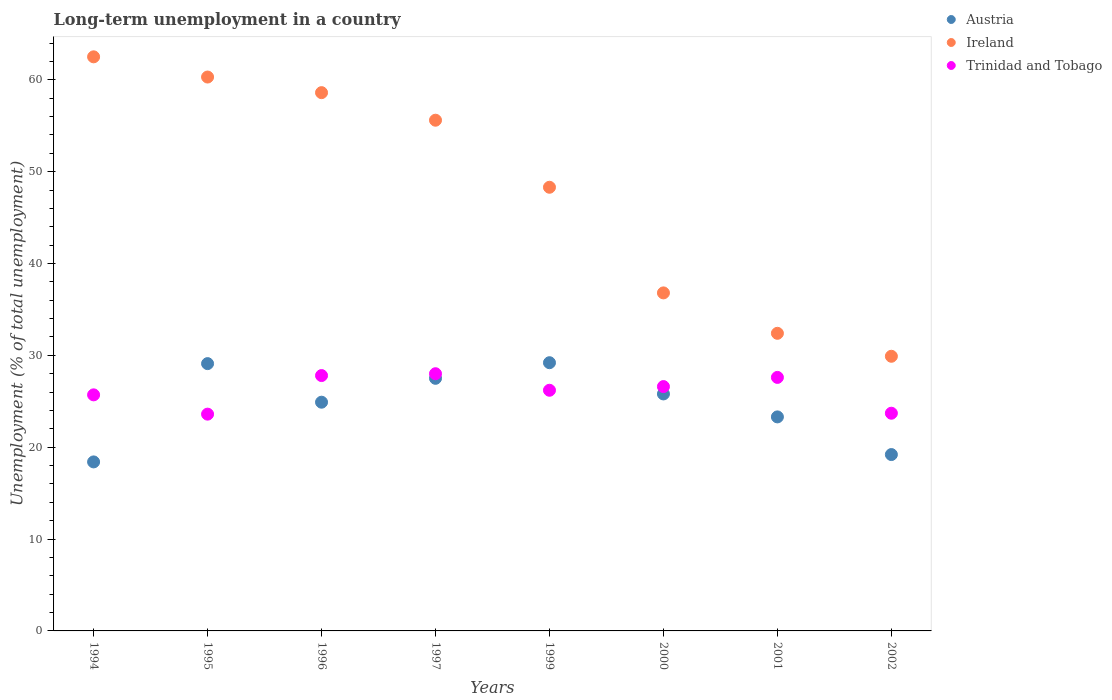
| Years | Austria | Ireland | Trinidad and Tobago |
 | --- | --- | --- | --- |
 | 1994 | 18.4 | 62.5 | 25.7 |
 | 1995 | 29.1 | 60.3 | 23.6 |
 | 1996 | 24.9 | 58.6 | 27.8 |
 | 1997 | 27.5 | 55.6 | 28 |
 | 1999 | 29.2 | 48.3 | 26.2 |
 | 2000 | 25.8 | 36.8 | 26.6 |
 | 2001 | 23.3 | 32.4 | 27.6 |
 | 2002 | 19.2 | 29.9 | 23.7 |